Report on lock hospitals in British Burma
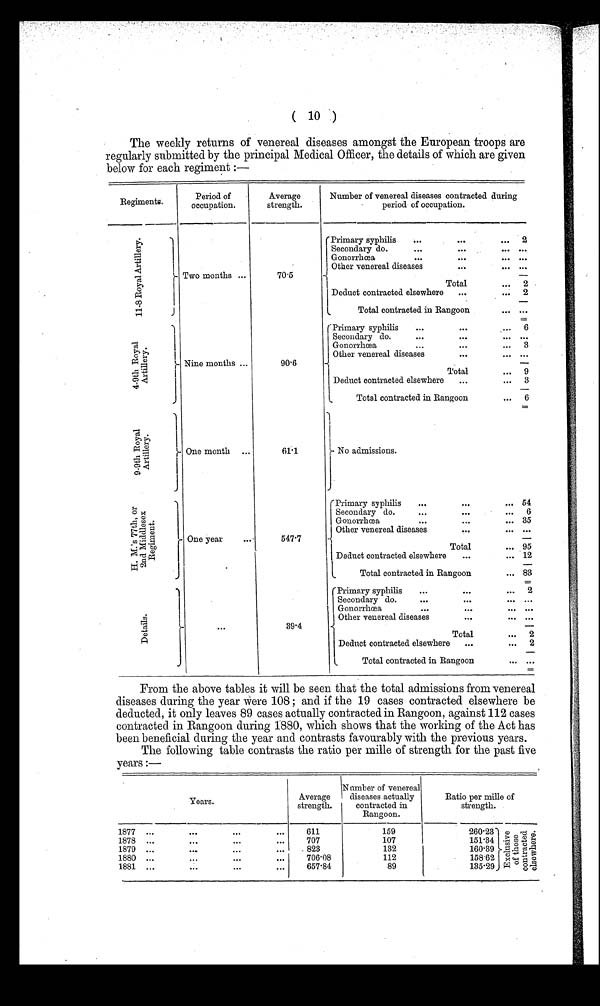
( 10 )
The weekly returns of venereal diseases amongst the European troops are
regularly submitted by the principal Medical Officer, the details of which are given
below for each regiment :—
Regiments.
Period of
occupation.
Average
strength.
Number of venereal diseases contracted during
period of occupation.
11-8 Royal Art i l l ery.
Two months ...
70.5
Primary syphilis
...
. . .
. . . 2
Secondary do.
. . .
. . .
. . . ...
Gonorrhœa
. . .
. . .
. . . ...
Other venereal diseases
. . .
. . . ...
Total
...
2
Deduct contracted elsewhere
...
... 2
Total contracted in Rangoon
. . . ...
4 - 9 t h R o y a l A r t i l l e r y .
Nine months ...
90.6
Primary syphilis
. . .
. . .
. . .
6
Secondary do.
. . .
. . .
. . . ...
Gonorrhœa
. . .
. . .
. . . 3
Other venereal diseases
. . .
. . . ...
Total
... 9
Deduct contracted elsewhere
... ...
3
Total contracted in Rangoon
... 6
9 - 9 t h R o y a l A r t i l l e r y .
One month ...
61.1
No admissions.
H . M . ' s 7 7 t h , o r
2 n d M i d d l e s e x R e g i m e n t .
One year
. . .
547.7
Primary syphilis
...
. . .
... 54
Secondary do.
. . .
. . .
. . .
6
Gonorrhœa
. . .
. . .
. . .
35
Other venereal diseases
. . .
. . .
...
...
Total
... 95
Deduct contracted elsewhere
...
... 12
Total contracted in Rangoon
... 83
D e t a i l s .
. . .
39.4
( Primary syphilis
...
. . .
... 2
Secodary do.
. . .
. . .
. . .
...
Gonorrhœa
. . .
. . .
. . .
...
Other venereal diseases
. . .
. . .
...
—
Total
... 2
Deduct contracted elsewhere
...
... 2
Total contracted in Rangoon
. . .
...
From the above tables it will be seen that the total admissions from venereal
diseases during the year were 108 ; and if the 19 cases contracted elsewhere be
deducted, it only leaves 89 cases actually contracted in Rangoon, against 112 cases
contracted in Rangoon during 1880, which shows that the working of the Act has
been beneficial during the year and contrasts favourably with the previous years.
The following table contrasts the ratio per mille of strength for the past five
years :—
Years.
Average
strength.
Number of venereal
diseases actually
contracted in
Rangoon.
Ratio per mille of
strength.
1877 ...
. . .
. . .
...
611
159
260.23
E x c l u s i v e o f t h o s e c o n t r a c t e d e l s e w h e r e .
1878 ...
. . .
. . .
...
707
107
151.34 I
1879 ...
. . .
...
...
823
132
160.39
1880 ...
. . .
...
. . .
706.08
112
158-62
1881 ...
. . .
. . .
...
657.84
89
135.29